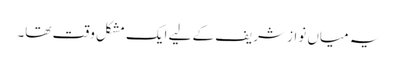
یہ میاں نواز شریف کے لیے ایک مشکل وقت تھا۔